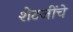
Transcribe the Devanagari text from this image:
शेटजींचे